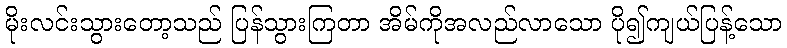
မိုးလင်းသွားတော့သည် ပြန်သွားကြတာ အိမ်ကိုအလည်လာသော ပို၍ကျယ်ပြန့်သော